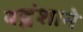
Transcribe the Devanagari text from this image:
बह्वंशाने